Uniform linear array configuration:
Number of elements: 48
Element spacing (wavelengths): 0.25
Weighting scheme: uniform
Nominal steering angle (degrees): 60
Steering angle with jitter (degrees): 61.002
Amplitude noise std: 0.05
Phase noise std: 0.05

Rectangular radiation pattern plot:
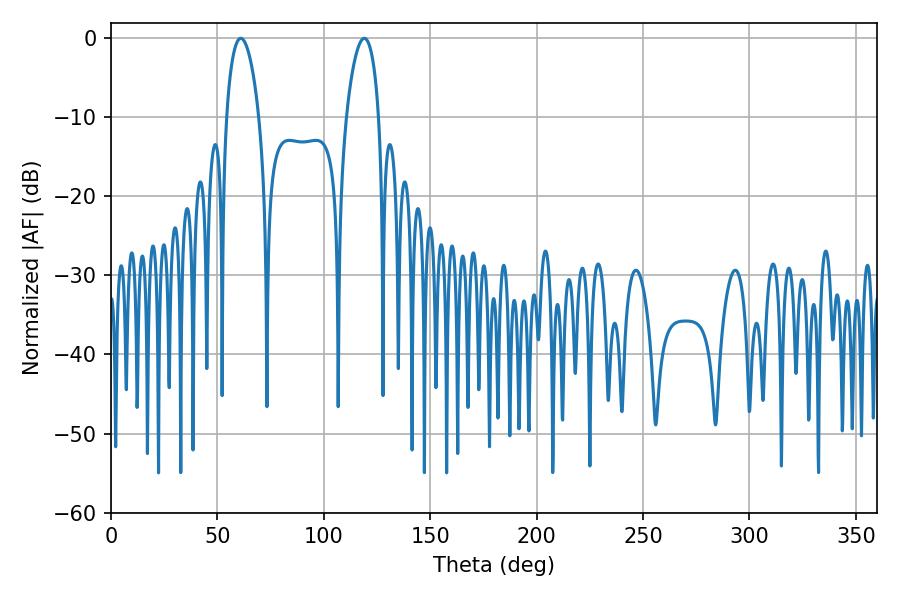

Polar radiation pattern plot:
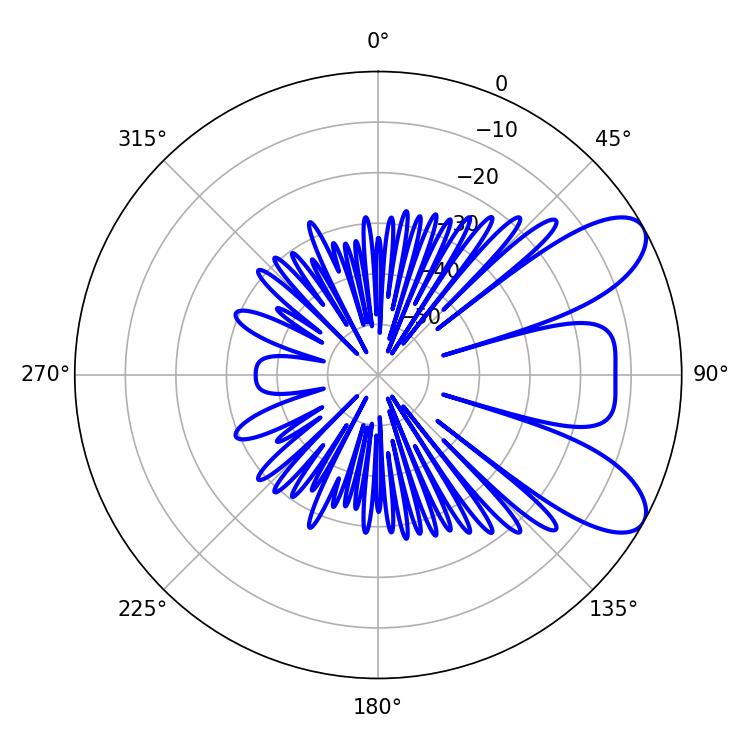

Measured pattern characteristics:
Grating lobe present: FALSE
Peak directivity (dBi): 8.155
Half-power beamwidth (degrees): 8.64
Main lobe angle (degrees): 61.02